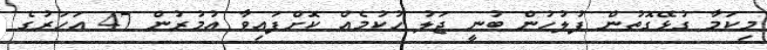
މިކަމާ ގުޅޭގޮތުން ފުލުހުން ބުނީ ޖަލު ހުކުމެއް ކޮށްފައިވާ އުމުރުން 47 އަހަރުގެ